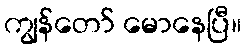
ကျွန်တော် မောနေပြီ။